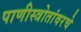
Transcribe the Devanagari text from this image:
पाणीस्त्रोतांवरचे